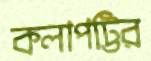
কলাপট্টির